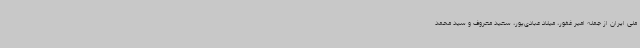
ملی ایران از جمله امیر غفور،‌ میلاد عبادی‌پور، سعید معروف و سید محمد